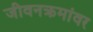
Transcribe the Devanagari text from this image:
जीवनक्रमांवर